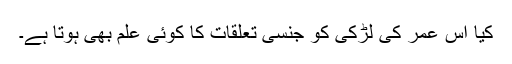
کیا اس عمر کی لڑکی کو جنسی تعلقات کا کوئی علم بھی ہوتا ہے۔